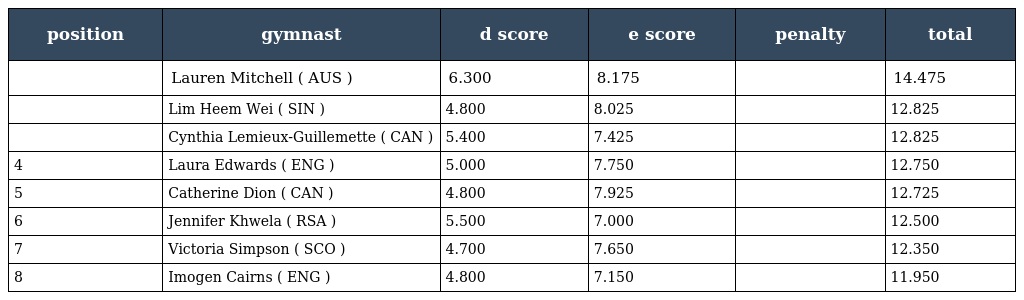
| position | gymnast | d score | e score | penalty | total |
 | --- | --- | --- | --- | --- | --- |
 |  | Lauren Mitchell ( AUS ) | 6.300 | 8.175 |  | 14.475 |
 |  | Lim Heem Wei ( SIN ) | 4.800 | 8.025 |  | 12.825 |
 |  | Cynthia Lemieux-Guillemette ( CAN ) | 5.400 | 7.425 |  | 12.825 |
 | 4 | Laura Edwards ( ENG ) | 5.000 | 7.750 |  | 12.750 |
 | 5 | Catherine Dion ( CAN ) | 4.800 | 7.925 |  | 12.725 |
 | 6 | Jennifer Khwela ( RSA ) | 5.500 | 7.000 |  | 12.500 |
 | 7 | Victoria Simpson ( SCO ) | 4.700 | 7.650 |  | 12.350 |
 | 8 | Imogen Cairns ( ENG ) | 4.800 | 7.150 |  | 11.950 |